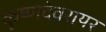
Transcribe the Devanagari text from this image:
कृष्णदेवरायर